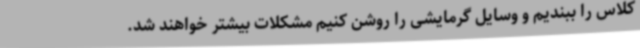
کلاس را ببندیم و وسایل گرمایشی را روشن کنیم مشکلات بیشتر خواهند شد.